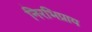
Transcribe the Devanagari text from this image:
निरभिप्राय